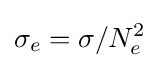
\sigma _{e}=\sigma /N_{e}^{2}